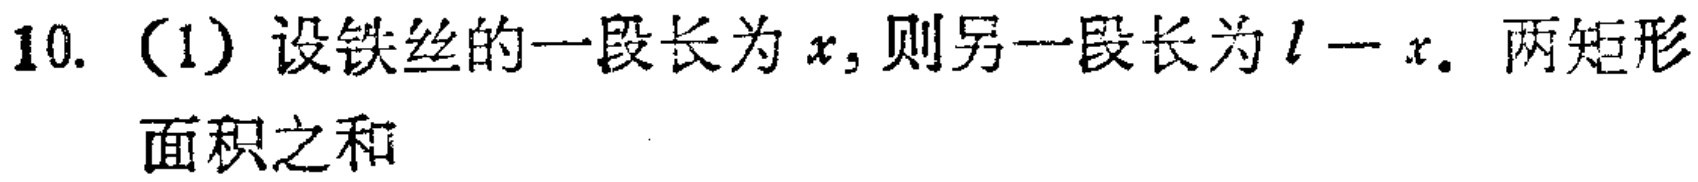
10. （1）设铁丝的一段长为\(x\)，则另一段长为\(l - x\)。两矩形面积之和